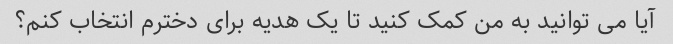
آیا می توانید به من کمک کنید تا یک هدیه برای دخترم انتخاب کنم؟